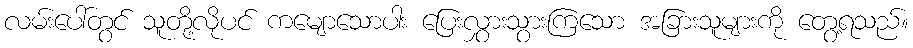
လမ်းပေါ်တွင် သူတို့လိုပင် ကမျောသောပါး ပြေးလွှားသွားကြသော အခြားသူများကို တွေ့ရသည်။